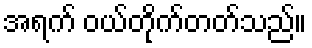
အရက် ဝယ်တိုက်တတ်သည်။